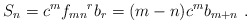
\begin{align*}S_{n} = c^{m} {f_{mn}}^{r} b_{r} = (m-n)c^{m} b_{m+n}~.\end{align*}